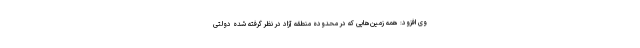
وی افزود: همه زمین‌هایی که در محدوده منطقه آزاد در نظر گرفته شده دولتی